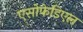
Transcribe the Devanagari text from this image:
एसोफेडिएल